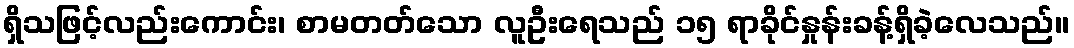
ရှိသဖြင့်လည်းကောင်း၊ စာမတတ်သော လူဦးရေသည် ၁၅ ရာခိုင်နှုန်းခန့်ရှိခဲ့လေသည်။